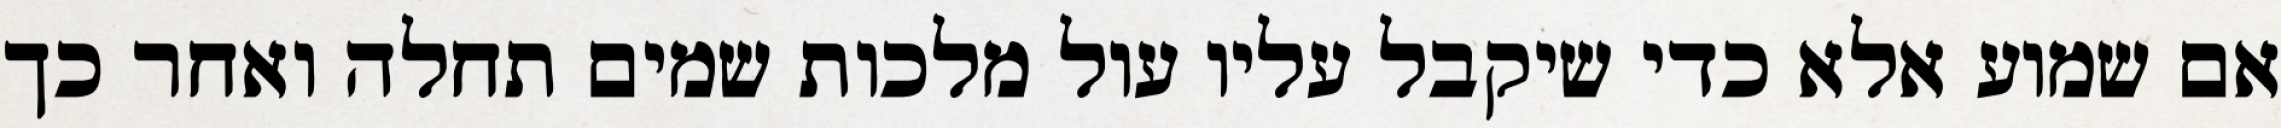
אם שמוע אלא כדי שיקבל עליו עול מלכות שמים תחלה ואחר כך